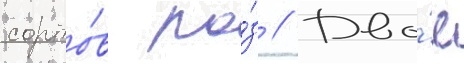
сорто́в ро́з // Дво́е